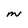
Character: M